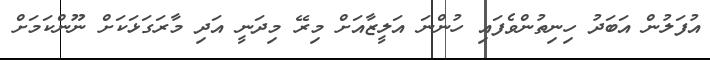
އުފަލުން އަބަދު ހިނިތުންވެފައި ހުންނަ އަލީޒާއަށް މިރޭ މިދަނީ އަދި މާރަގަޅަކަށް ނޫންކަމަށް